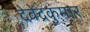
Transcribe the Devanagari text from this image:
देवेंद्रकुमार